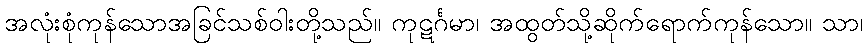
အလုံးစုံကုန်သောအခြင်သစ်ဝါးတို့သည်။ ကုဋင်္ဂမာ၊ အထွတ်သို့ဆိုက်ရောက်ကုန်သော။ သာ၊